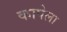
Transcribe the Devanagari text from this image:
कापेला